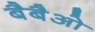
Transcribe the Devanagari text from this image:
बैबैओ